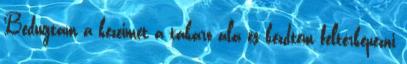
Bedugtam a kezeimet a takaró alá és kezdtem feltérképezni